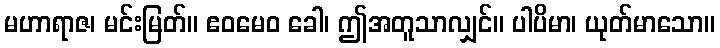
မဟာရာဇ၊ မင်းမြတ်။ ဧဝမေဝ ခေါ၊ ဤအတူသာလျှင်။ ပါပိမာ၊ ယုတ်မာသော။